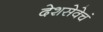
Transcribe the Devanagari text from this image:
देशसेवेचं